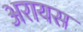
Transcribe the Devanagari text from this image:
अरायस